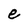
Character: e